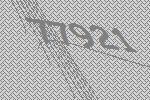
77921